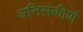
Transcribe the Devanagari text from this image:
अतिसंकीर्ण